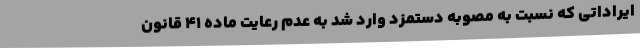
ایراداتی که نسبت به مصوبه دستمزد وارد شد به عدم رعایت ماده 41 قانون